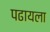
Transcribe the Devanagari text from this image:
पढायला